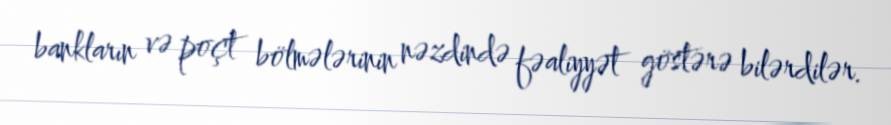
bankların və poçt bölmələrinin nəzdində fəaliyyət göstərə bilərdilər.